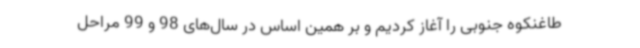
طاغنکوه جنوبی را آغاز کردیم و بر همین اساس در سال‌های 98 و 99 مراحل